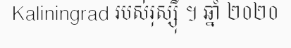
Kaliningrad របស់រុស្ស៊ី ។ ឆ្នាំ ២០២០